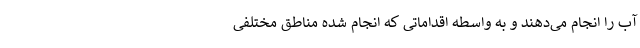
آب را انجام می‌دهند و به واسطه اقداماتی که انجام شده مناطق مختلفی